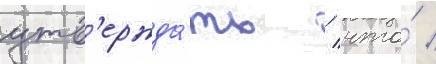
утв'ержда́ть / что́ /